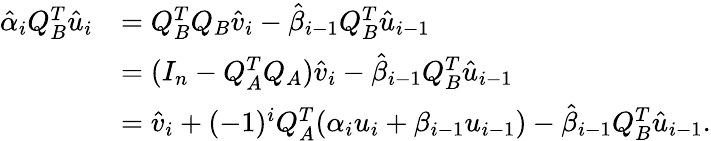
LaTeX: \begin{array}{rl}{\hat{\alpha}_{i}Q_{B}^{T}\hat{u}_{i}}&{=Q_{B}^{T}Q_{B}\hat{v}_{i}-\hat{\beta}_{i-1}Q_{B}^{T}\hat{u}_{i-1}}\\ &{=(I_{n}-Q_{A}^{T}Q_{A})\hat{v}_{i}-\hat{\beta}_{i-1}Q_{B}^{T}\hat{u}_{i-1}}\\ &{=\hat{v}_{i}+(-1)^{i}Q_{A}^{T}(\alpha_{i}u_{i}+\beta_{i-1}u_{i-1})-\hat{\beta}_{i-1}Q_{B}^{T}\hat{u}_{i-1}.}\end{array}